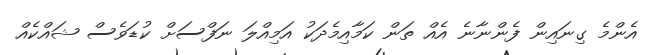
އެންމެ ގިނައިން ފެންނާނެ އެއް ތަން ކަމާއިމެދަކު އަމިއްލަ ނަފްސަށް ކުޑަވެސް ޝައްކެއް